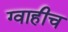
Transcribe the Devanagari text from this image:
ग्वाहीच